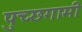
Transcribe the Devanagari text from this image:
पुच्छगामी